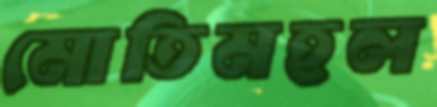
মোতিমহল